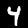
Label: 4